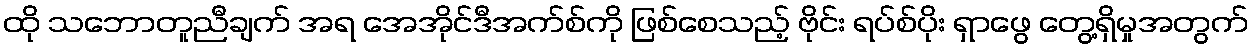
ထို သဘောတူညီချက် အရ အေအိုင်ဒီအက်စ်ကို ဖြစ်စေသည့် ဗိုင်း ရပ်စ်ပိုး ရှာဖွေ တွေ့ရှိမှုအတွက်